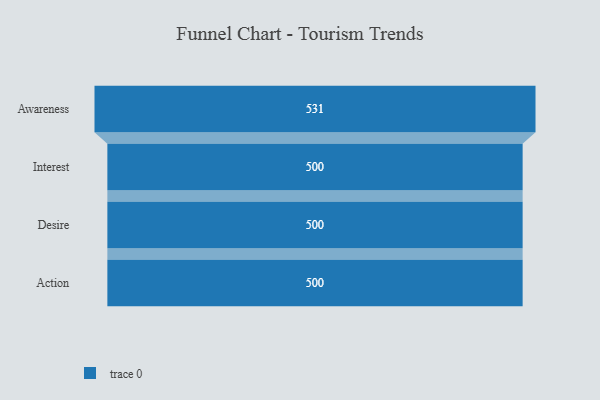
{"axis": {"x": "Stage", "y": "Value"}, "legend": [""], "data": [{"x": "Awareness", "y": 531.0, "type": ""}, {"x": "Interest", "y": 500, "type": ""}, {"x": "Desire", "y": 500, "type": ""}, {"x": "Action", "y": 500, "type": ""}]}